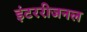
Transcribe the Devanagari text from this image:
इंटररीजनल